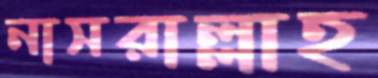
নাসরাল্লাহ